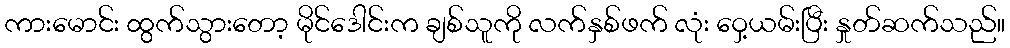
ကားမောင်း ထွက်သွားတော့ မိုင်ဒေါင်းက ချစ်သူကို လက်နှစ်ဖက် လုံး ဝှေ့ယမ်းပြီး နှုတ်ဆက်သည်။